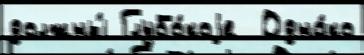
должны́ Глубо́коjе  Одна́ко